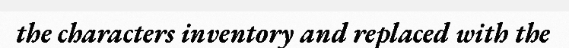
the characters inventory and replaced with the